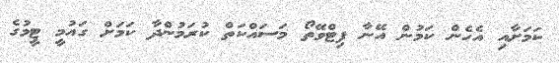
ކަމަށާއި އެހެން ކަމުން އޭނާ ފިޓްވޭތޯ މަސައްކަތް ކުރަމުންދާ ކަމަށް ގައުމީ ޓީމުގެ